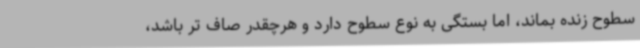
سطوح زنده بماند، اما بستگی به نوع سطوح دارد و هرچقدر صاف تر باشد،